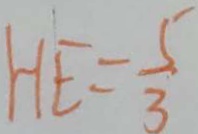
H E = \frac { 5 } { 3 }